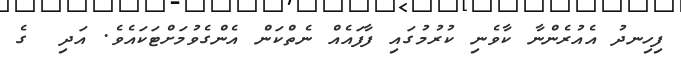
ފިހިނދު އެއުރެންނާ ކާވެނި ކުރުމުގައި ފާފައެއް ނެތްކަން އެންގެވުމަށްޓަކައެވެ. އަދި  ގެ